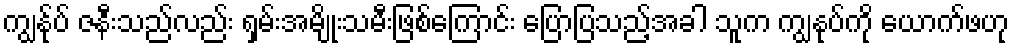
ကျွန်ုပ် ဇနီးသည်လည်း ရှမ်းအမျိုးသမီးဖြစ်ကြောင်း ပြောပြသည့်အခါ သူက ကျွနုပ်ကို ယောက်ဖဟု